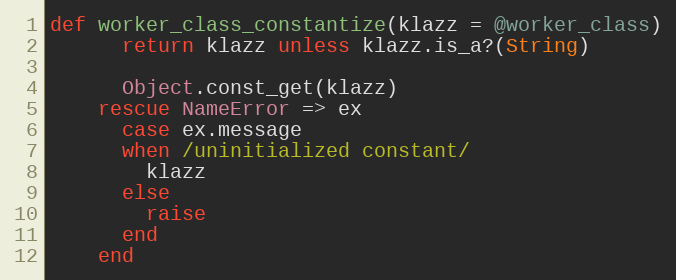
Language: Ruby
def worker_class_constantize(klazz = @worker_class)
      return klazz unless klazz.is_a?(String)

      Object.const_get(klazz)
    rescue NameError => ex
      case ex.message
      when /uninitialized constant/
        klazz
      else
        raise
      end
    end